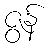
ဇွန်